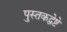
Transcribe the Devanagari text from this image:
पुस्तकद्वेष्टे